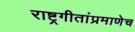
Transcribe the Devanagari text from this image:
राष्ट्रगीतांप्रमाणेच